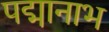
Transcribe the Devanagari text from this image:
पद्मानाभ